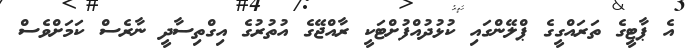
އެ ޕާޓީގެ ތަރައްގީގެ ޕްލޭންގައި ކުޅުދުއްފުށްޓަކީ ރާއްޖޭގެ އުތުރުގެ އިގްތިސާދީ ނާރެސް ކަމަށްވެސް